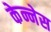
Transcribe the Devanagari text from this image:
केन्नेस